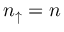
n _ { \mathord { \uparrow } } = n